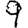
Digit: 9